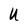
Character: U